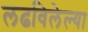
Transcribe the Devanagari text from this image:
लढविलेल्या